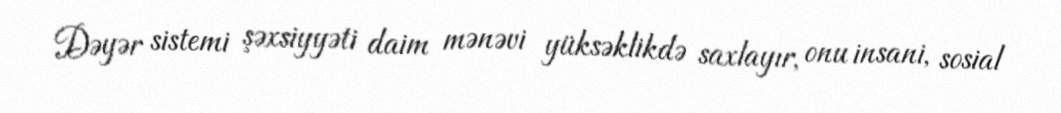
Dəyər sistemi şəxsiyyəti daim mənəvi yüksəklikdə saxlayır, onu insani, sosial